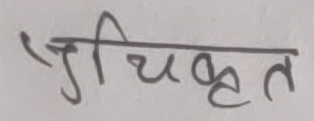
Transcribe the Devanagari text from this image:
अधिकृत